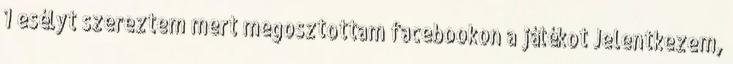
1 esélyt szereztem mert megosztottam facebookon a játékot Jelentkezem,